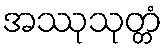
အဿုသုတ္တံ